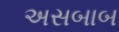
અસબાબ